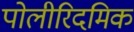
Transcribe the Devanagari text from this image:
पोलीरिदमिक